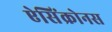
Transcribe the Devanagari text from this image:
ऐसिंक्रोनस